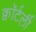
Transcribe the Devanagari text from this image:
क्वॉर्टर्ली